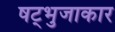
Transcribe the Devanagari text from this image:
षट्भुजाकार